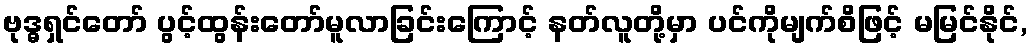
ဗုဒ္ဓရှင်တော် ပွင့်ထွန်းတော်မူလာခြင်းကြောင့် နတ်လူတို့မှာ ပင်ကိုမျက်စိဖြင့် မမြင်နိုင်,